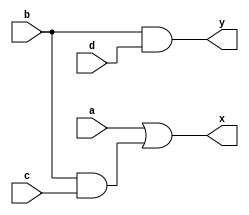
`timescale 1ns / 1ps
//////////////////////////////////////////////////////////////////////////////////
// Company: 
// Engineer: 
// 
// Design Name: 
// Module Name:    black_box 
// Project Name: 
// Target Devices: 
// Tool versions: 
// Description: 
//
// Dependencies: 
//
// Revision: 
// Revision 0.01 - File Created
// Additional Comments: 
//
//////////////////////////////////////////////////////////////////////////////////
module black_box(
	input a,b,c,d,
	output x,y
    );
	 
assign x=a|(b&c);
assign y=b&d;
	 
endmodule